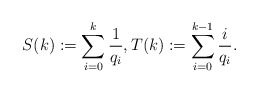
\begin{align*}S(k):=\sum_{i=0}^k\frac{1}{q_i},T(k):=\sum_{i=0}^{k-1}\frac{i}{q_i}.\end{align*}